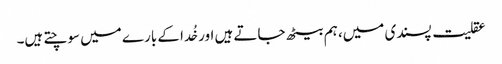
عقلیت پسندی میں، ہم بیٹھ جاتے ہیں اور خُدا کے بارے میں سوچتے ہیں۔